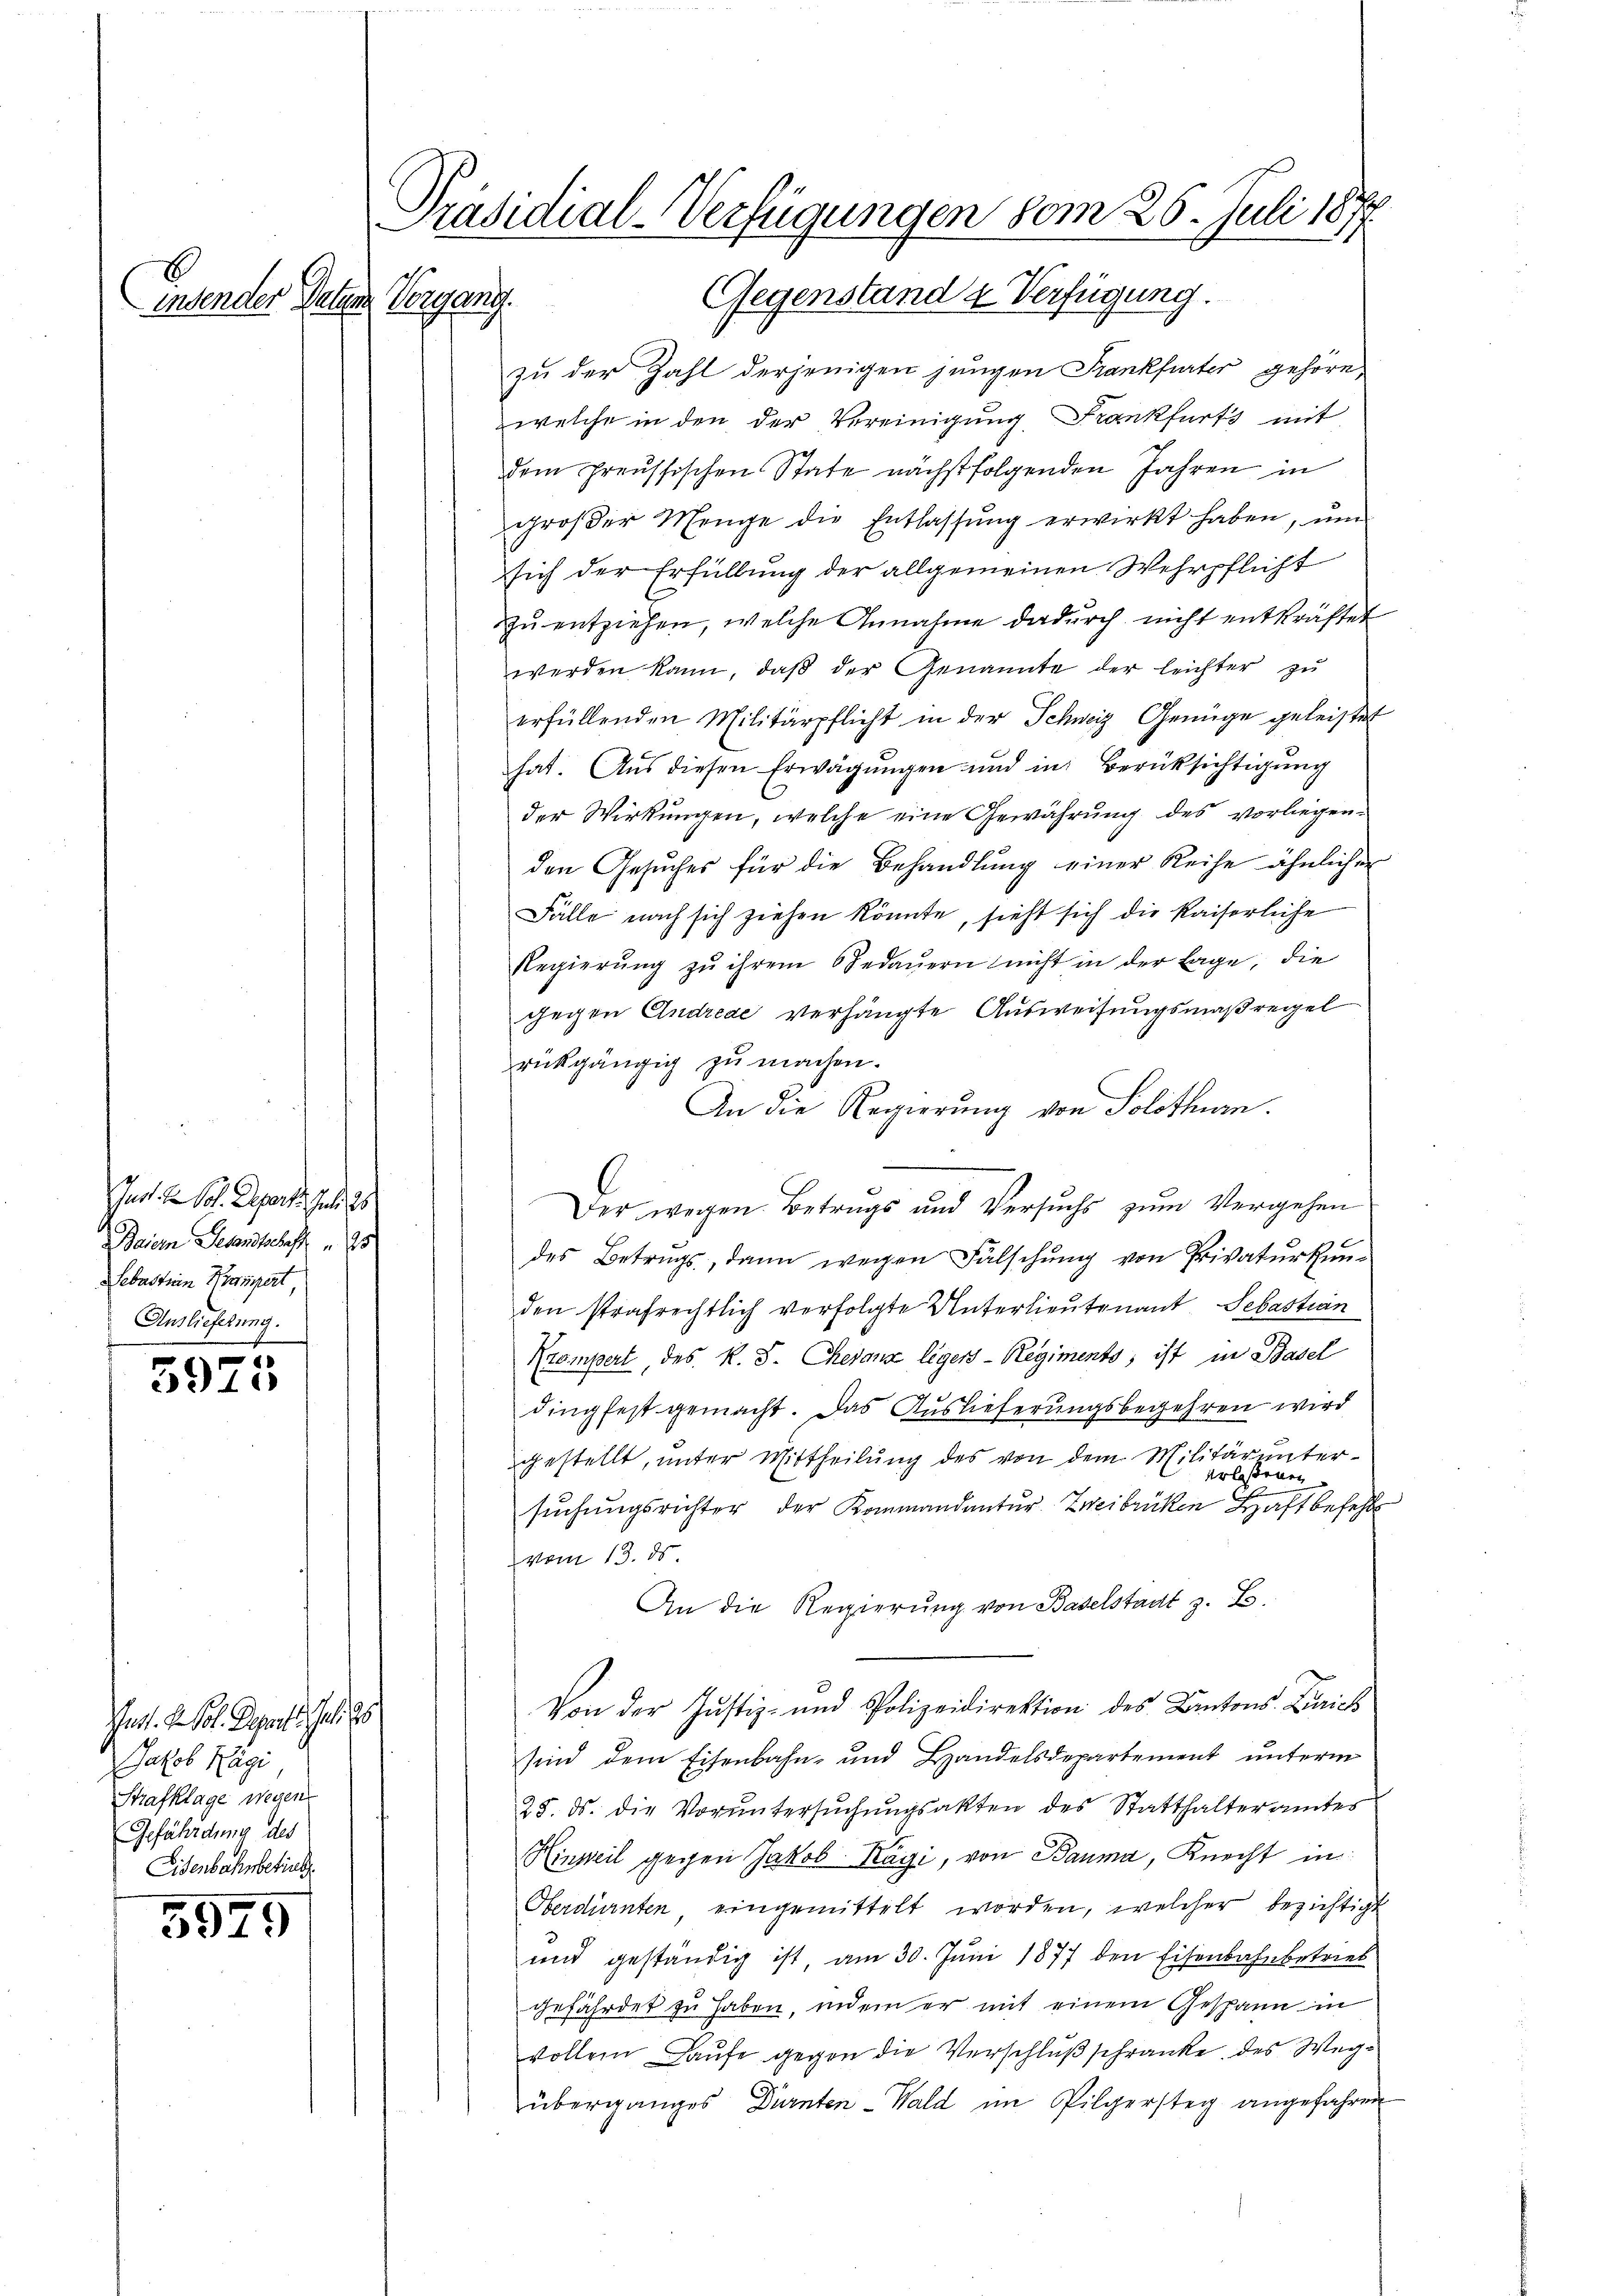
E
indender Paten Vergang.

Jurt. 2 Pol. Depart. Juli 18
Baier Gesandtschaft
Sebastian Prospert
Auslieferung.

1
3910

Jast. Sol. Depart. Juli 18
Jakob Kägi
Strafklage wegen
Gefährdung des
Eisenbahnbetriel

3979

Präsidial-Verfügungen vom 26. Juli 1877
Gegenstand & Verfügung.

zu der Zahl derjenigen jungen Frankfurter gehöre,
welche in den der Vereinigung Frankfurts mit
dem preussischen State nächstfolgenden Jahren in
großer Menge die Entlassung erwirkt haben, um
sich der Erfüllung der allgemeinen Wehrpflicht
zŭ entziehen, welche Annahme dadŭrch nicht entkräftet
werden kann, daβ der Genannte der leichter zu
erfüllenden Militärpflicht in der Schweiz Genüge geleistet
hat. Aus diesen Erwägungen und in Berüksichtigung
der Wirkungen, welche eine Gewährung des vorliegenden Gesuches für die Behandlung einer Reihe ähnlicher
Fälle nach sich ziehen könnte, sieht sich die Kaiserliche
Regierŭng zu ihrem 6Jedaŭern nicht in der Lage, die
gegen Andreae verhängte Ausweisungsmaßregel
rückgängig zu machen.
An die Regierung von Solothurn.
Der wegen Betrugs und Versuchs zum Vergehen
des Betrugs, dann wegen Fälschung von Privaturkunden strafrechtlich verfolgte Unterlieutenant Sebastian
Krampert des K. J. Chevanz legers-Regiments, ist in Basel
e
dingfest gemacht. Das Auslieferungsbegehren wird
gestellt, unter Mittheilung des von dem Militär untererlassenen
sŭchŭngsrichter der Kommandantŭr Zweibrücken Haftbefehl
vom 13. ds
An die Regierung von Baselstadt z. B.
Von der Justiz- und Polizeidirektion des Kantons-Baich
sind dem Eisenbahn- und Handelsdepartement unterm
25. ds. die Voruntersuchungsakten des Statthalteramtes
Hinweil gegen Jakob Kägi, von Bauma, Knecht in
Oberdürnten eingemittelt worden, welcher bezichtigt
und geständig ist am 30. Juni 1877 den Eisenbahnbetrieb
gefährdet zu haben, indem er mit einem Gespann in
vollem Laufe gegen die Verschluß schränke des Wegüberganges Dürnten-Wald im Pilgersteg angefahren